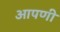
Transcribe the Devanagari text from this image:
आपणी